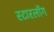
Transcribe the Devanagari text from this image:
स्टारलॉग